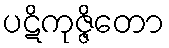
ပဋိကုဇ္ဇိတော